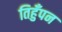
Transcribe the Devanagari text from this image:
तिहुँपन